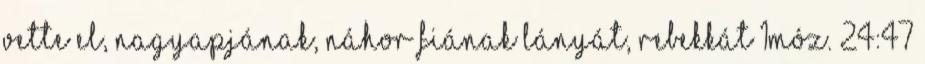
vette el, nagyapjának, Náhor fiának lányát, Rebekkát 1Móz. 24:47